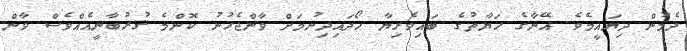
ދެމުން ދިޔައީމެވެ. އޭނާގެ ޙަޔާތުގެ ބައިވެރިޔާ ހޯދައިދިނުމަށް ވާންޖެހުނު ކޮންމެ ޤުރުބާނީއެއްވެސް ވާން